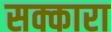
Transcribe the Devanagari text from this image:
सक्कारा